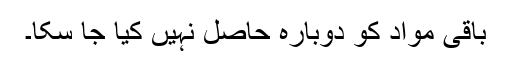
باقی مواد کو دوبارہ حاصل نہیں کیا جا سکا۔